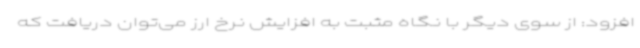
افزود: از سوی دیگر با نگاه مثبت به افزایش نرخ ارز می‌توان دریافت که